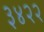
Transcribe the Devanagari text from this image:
३४२२